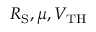
R _ { \mathrm S } , \mu , V _ { \mathrm { T H } }